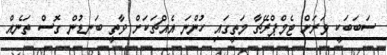
ސަބަބަކީ ވަރަށް ޓެމްޕްރޭޗާ މަތީގައި ހުންނަ އެއްޗަކަށް ވާތީ ބަނޑުން ގޮސް ތަނެއް